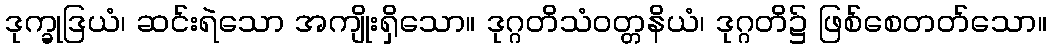
ဒုက္ခုဒြယံ၊ ဆင်းရဲသော အကျိုးရှိသော။ ဒုဂ္ဂတိသံဝတ္တနိယံ၊ ဒုဂ္ဂတိ၌ ဖြစ်စေတတ်သော။